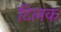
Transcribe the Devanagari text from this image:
टिलक